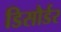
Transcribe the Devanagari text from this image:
डिसौर्डर